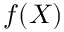
f ( X )